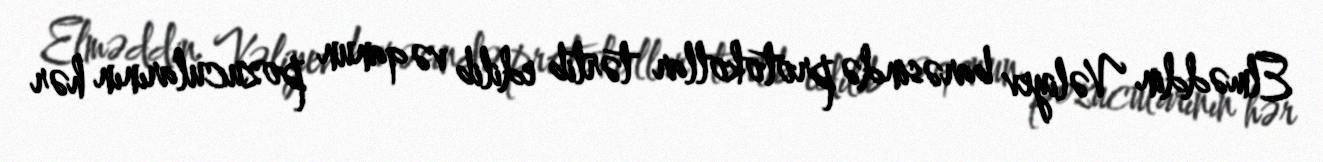
Elməddin Vəliyev barəsində protokollar tərtib edilib və qanun pozucularının hər